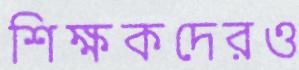
শিক্ষকদেরও